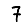
Digit: 7